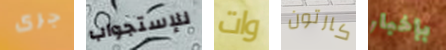
جرى للإستجواب وات كارتون بإخبار